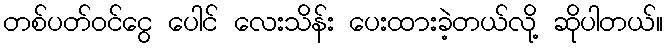
တစ်ပတ်ဝင်ငွေ ပေါင် လေးသိန်း ပေးထားခဲ့တယ်လို့ ဆိုပါတယ်။